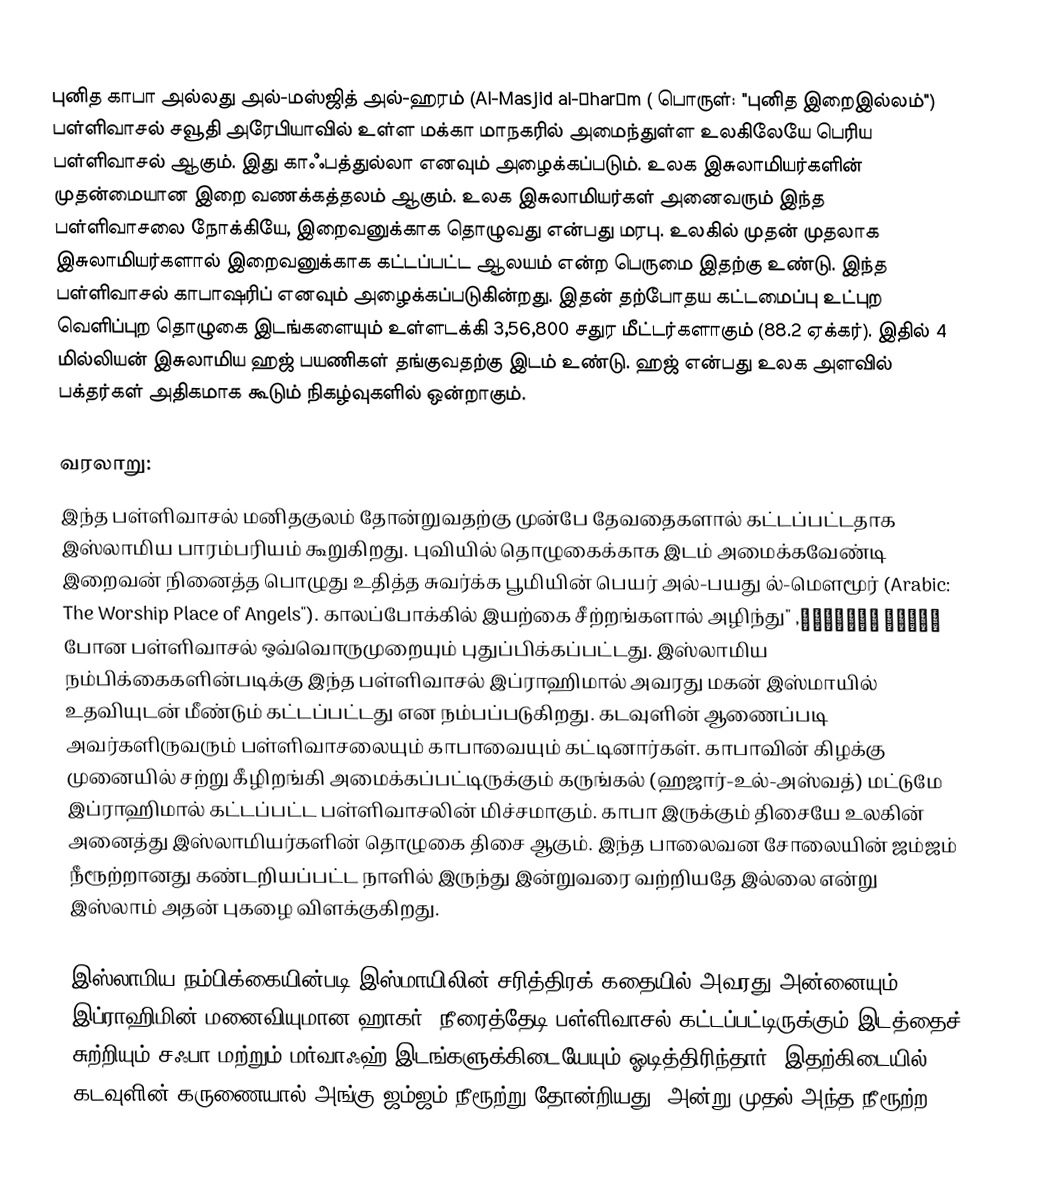
புனித காபா அல்லது அல்-மஸ்ஜித் அல்-ஹரம்  (Al-Masjid al-Ḥharām (  பொருள்: "புனித இறைஇல்லம்") பள்ளிவாசல் சவூதி அரேபியாவில் உள்ள மக்கா மாநகரில் அமைந்துள்ள உலகிலேயே பெரிய பள்ளிவாசல் ஆகும். இது காஃபத்துல்லா எனவும் அழைக்கப்படும். உலக இசுலாமியர்களின் முதன்மையான இறை வணக்கத்தலம் ஆகும். உலக இசுலாமியர்கள் அனைவரும் இந்த பள்ளிவாசலை நோக்கியே, இறைவனுக்காக தொழுவது என்பது மரபு. உலகில் முதன் முதலாக இசுலாமியர்களால் இறைவனுக்காக கட்டப்பட்ட ஆலயம் என்ற பெருமை இதற்கு உண்டு. இந்த பள்ளிவாசல் காபாஷரிப் எனவும் அழைக்கப்படுகின்றது. இதன் தற்போதய கட்டமைப்பு உட்புற வெளிப்புற தொழுகை இடங்களையும் உள்ளடக்கி 3,56,800 சதுர மீட்டர்களாகும் (88.2 ஏக்கர்). இதில் 4 மில்லியன் இசுலாமிய ஹஜ் பயணிகள் தங்குவதற்கு இடம் உண்டு. ஹஜ் என்பது உலக அளவில் பக்தர்கள் அதிகமாக கூடும் நிகழ்வுகளில் ஒன்றாகும்.

வரலாறு:
இந்த பள்ளிவாசல் மனிதகுலம் தோன்றுவதற்கு முன்பே தேவதைகளால் கட்டப்பட்டதாக இஸ்லாமிய பாரம்பரியம் கூறுகிறது. புவியில் தொழுகைக்காக இடம் அமைக்கவேண்டி இறைவன் நினைத்த பொழுது உதித்த சுவர்க்க பூமியின் பெயர் அல்-பயது ல்-மௌமூர் (Arabic: البيت المعمور, "The Worship Place of Angels"). காலப்போக்கில் இயற்கை சீற்றங்களால் அழிந்து போன பள்ளிவாசல் ஒவ்வொருமுறையும் புதுப்பிக்கப்பட்டது. இஸ்லாமிய நம்பிக்கைகளின்படிக்கு இந்த பள்ளிவாசல் இப்ராஹிமால் அவரது மகன் இஸ்மாயில் உதவியுடன் மீண்டும் கட்டப்பட்டது என நம்பப்படுகிறது. கடவுளின் ஆணைப்படி அவர்களிருவரும் பள்ளிவாசலையும் காபாவையும் கட்டினார்கள். காபாவின் கிழக்கு முனையில் சற்று கீழிறங்கி அமைக்கப்பட்டிருக்கும் கருங்கல் (ஹஜார்-உல்-அஸ்வத்) மட்டுமே இப்ராஹிமால் கட்டப்பட்ட பள்ளிவாசலின் மிச்சமாகும். காபா இருக்கும் திசையே உலகின் அனைத்து இஸ்லாமியர்களின் தொழுகை திசை ஆகும். இந்த பாலைவன சோலையின் ஜம்ஜம் நீரூற்றானது கண்டறியப்பட்ட நாளில் இருந்து இன்றுவரை வற்றியதே இல்லை என்று இஸ்லாம் அதன் புகழை விளக்குகிறது.

இஸ்லாமிய நம்பிக்கையின்படி இஸ்மாயிலின் சரித்திரக் கதையில் அவரது அன்னையும் இப்ராஹிமின் மனைவியுமான ஹாகர், நீரைத்தேடி பள்ளிவாசல் கட்டப்பட்டிருக்கும் இடத்தைச் சுற்றியும் சஃபா மற்றும் மர்வாஃஹ் இடங்களுக்கிடையேயும் ஓடித்திரிந்தார். இதற்கிடையில் கடவுளின் கருணையால் அங்கு ஜம்ஜம் நீரூற்று தோன்றியது. அன்று முதல் அந்த நீரூற்ற